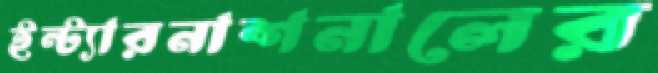
ইন্ট্যারনাশনালের